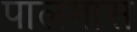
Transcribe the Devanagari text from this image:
पालमास